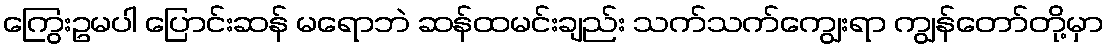
ကြွေးဥမပါ ပြောင်းဆန် မရောဘဲ ဆန်ထမင်းချည်း သက်သက်ကျွေးရာ ကျွန်တော်တို့မှာ